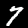
Label: 7